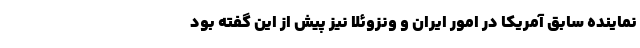
نماینده سابق آمریکا در امور ایران و ونزوئلا نیز پیش از این گفته بود